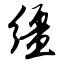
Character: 缰